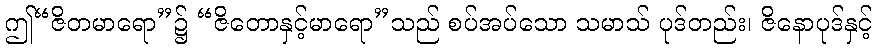
ဤ“ဇိတမာရော”၌ “ဇိတောနှင့်မာရော”သည် စပ်အပ်သော သမာသ် ပုဒ်တည်း၊ ဇိနောပုဒ်နှင့်